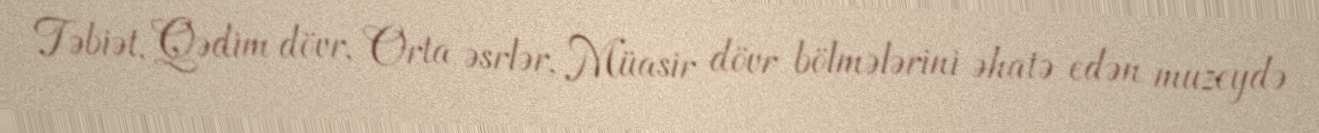
Təbiət, Qədim dövr, Orta əsrlər, Müasir dövr bölmələrini əhatə edən muzeydə